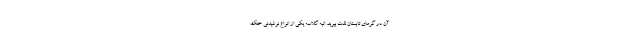
آن در گرمای تابستان لذت ببرید. انبه گلاسه یکی از انواع نوشیدنی خنک